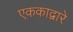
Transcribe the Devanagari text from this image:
एककाद्वारे